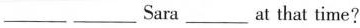
___Sara _____at that time?